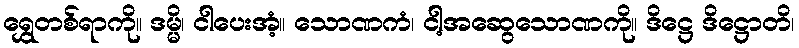
ရွှေတစ်ရာကို။ ဒမ္မိ၊ ငါပေးအံ့။ သောဏကံ၊ ငါ့အဆွေသောဏကို။ ဒိဋ္ဌေ ဒိဋ္ဌောတိ၊